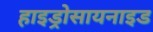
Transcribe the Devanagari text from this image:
हाइड्रोसायनाइड